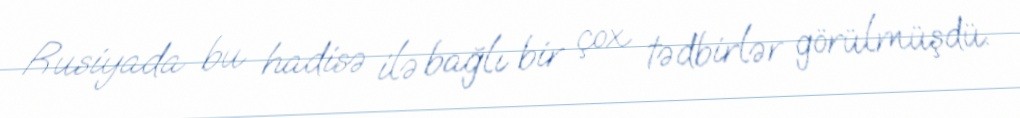
Rusiyada bu hadisə ilə bağlı bir çox tədbirlər görülmüşdü.